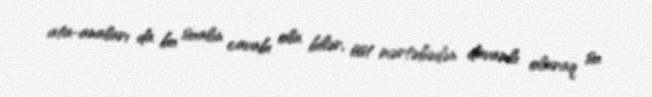
ata-anaları da bu sualın cavabı ola bilər, üst mərtəbədən davamlı olaraq su